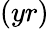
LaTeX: (yr)